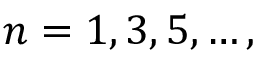
n = 1 , 3 , 5 , \ldots ,